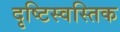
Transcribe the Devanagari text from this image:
दृष्टिस्वस्तिक